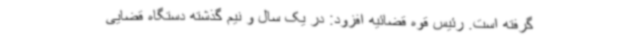
گرفته است. رئیس قوه قضائیه افزود: در یک سال و نیم گذشته دستگاه قضایی